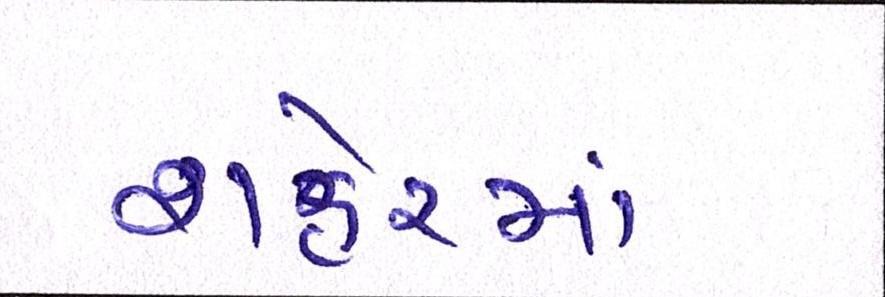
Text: શહેરમાં